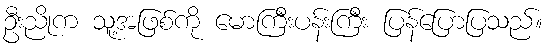
ဦးညိုက သူ့အဖြစ်ကို မောကြီးပန်းကြီး ပြန်ပြောပြသည်။